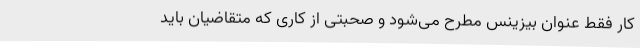
کار فقط عنوان بیزینس مطرح می‌شود و صحبتی از کاری که متقاضیان باید